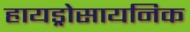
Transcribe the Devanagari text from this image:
हायड्रोसायनिक